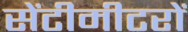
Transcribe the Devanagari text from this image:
सेंटीमीटरों